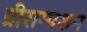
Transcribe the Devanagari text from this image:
प्रीसम्पशन